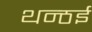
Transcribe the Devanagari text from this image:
थन्ठई